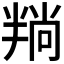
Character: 𪟶